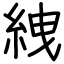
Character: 絏